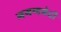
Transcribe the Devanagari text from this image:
गगणभेदी